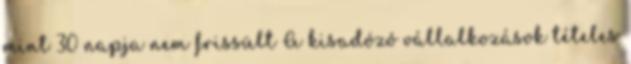
mint 30 napja nem frissült A kisadózó vállalkozások tételes